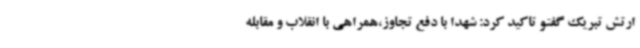
ارتش تبریک گفتو تاکید کرد: شهدا با دفع تجاوز،همراهی با انقلاب و مقابله